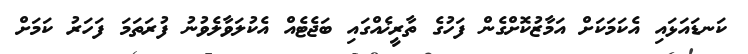
ކަނޑައަޅައި އެކަމަކަށް އަމާޒުކޮށްގެން ފަހުގެ ތާރީޚެއްގައި ބަޖެޓެއް އެކުލަވާލެވުނު ފުރަތަމަ ފަހަރު ކަމަށް